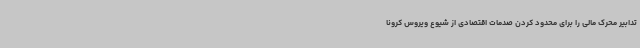
تدابیر محرک مالی را برای محدود کردن صدمات اقتصادی از شیوع ویروس کرونا